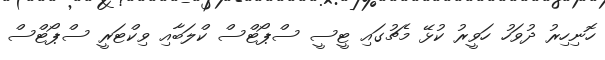
ހޮނިހިރު ދުވަހު ހަވީރު ކުޅޭ މެޗުގައި ޓީސީ ސްޕޯޓްސް ކްލަބާއި ވިކްޓަރީ ސްޕޯޓްސް